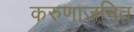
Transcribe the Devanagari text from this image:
करुणाजनित